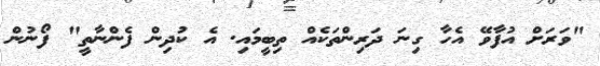
"ވަރަށް އުފާވޭ އެހާ ގިނަ ދަރިންތަކެއް ތިބީމައި. އެ ކުދިން ފެންނާތީ" ފޯނުން